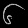
Digit: ၆